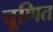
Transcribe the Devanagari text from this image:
चूणित